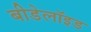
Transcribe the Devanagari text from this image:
बीडेलॉइड